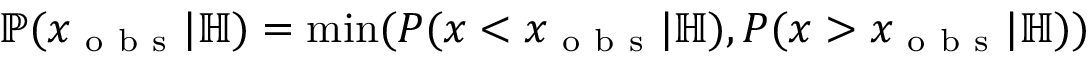
\mathbb P ( x _ { \mathrm { ~ o ~ b ~ s ~ } } | \mathbb H ) = \operatorname* { m i n } ( P ( x < x _ { \mathrm { ~ o ~ b ~ s ~ } } | \mathbb H ) , P ( x > x _ { \mathrm { ~ o ~ b ~ s ~ } } | \mathbb H ) )